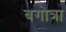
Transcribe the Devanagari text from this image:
बगोत्रा